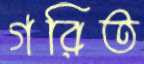
গরিত